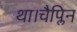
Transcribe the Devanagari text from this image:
था।चैप्लिन